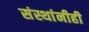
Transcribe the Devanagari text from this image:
संस्थांनीही